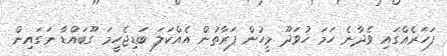
ފަހަރެއްގައި ވެދާނެ ހަމަ ހުވަދޫ މީހުން ފަރާތުން އެއްކަލަ ބަޑިޖެހީމަ ގޫބައްޑާ ނަގައިން